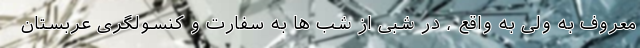
معروف به ولی به واقع ، در شبی از شب ها به سفارت و کنسولگری عربستان